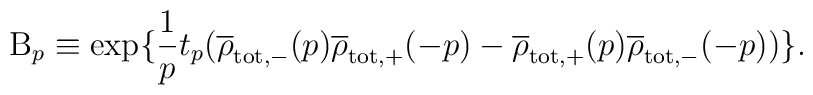
{\rm B}_p \equiv \exp\{\frac{1}{p} t_p (\overline{\rho}_{\rm tot,-}(p)\overline{\rho}_{\rm tot,+}(-p) - \overline{\rho}_{\rm tot,+}(p)\overline{\rho}_{\rm tot,-}(-p)) \}.